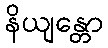
နိယျန္တော